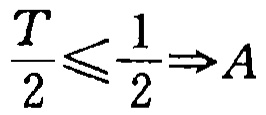
$\frac{T}{2}\leqslant\frac{1}{2}\Rightarrow A$